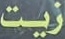
زیت